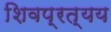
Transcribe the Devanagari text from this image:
शिवप्रत्यय